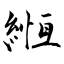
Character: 緪